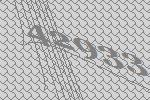
42933